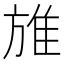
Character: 𨾔